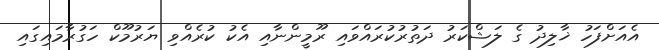
އެއަށްފަހު ޚާލިދު ގެ ލަޝްކަރު ދަތުރުކުރައްވައި ރޫމީންނާއި އެކު ކުރެއްވި ޔަރުމޫކް ހަގުރާމައިގައި